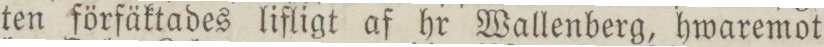
ten förfäktades lifligt af hr Wallenberg, hwaremot